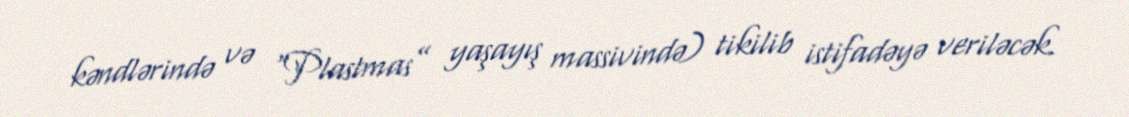
kəndlərində və “Plastmas” yaşayış massivində) tikilib istifadəyə veriləcək.